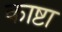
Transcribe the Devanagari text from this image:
काष्टा